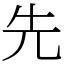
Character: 先